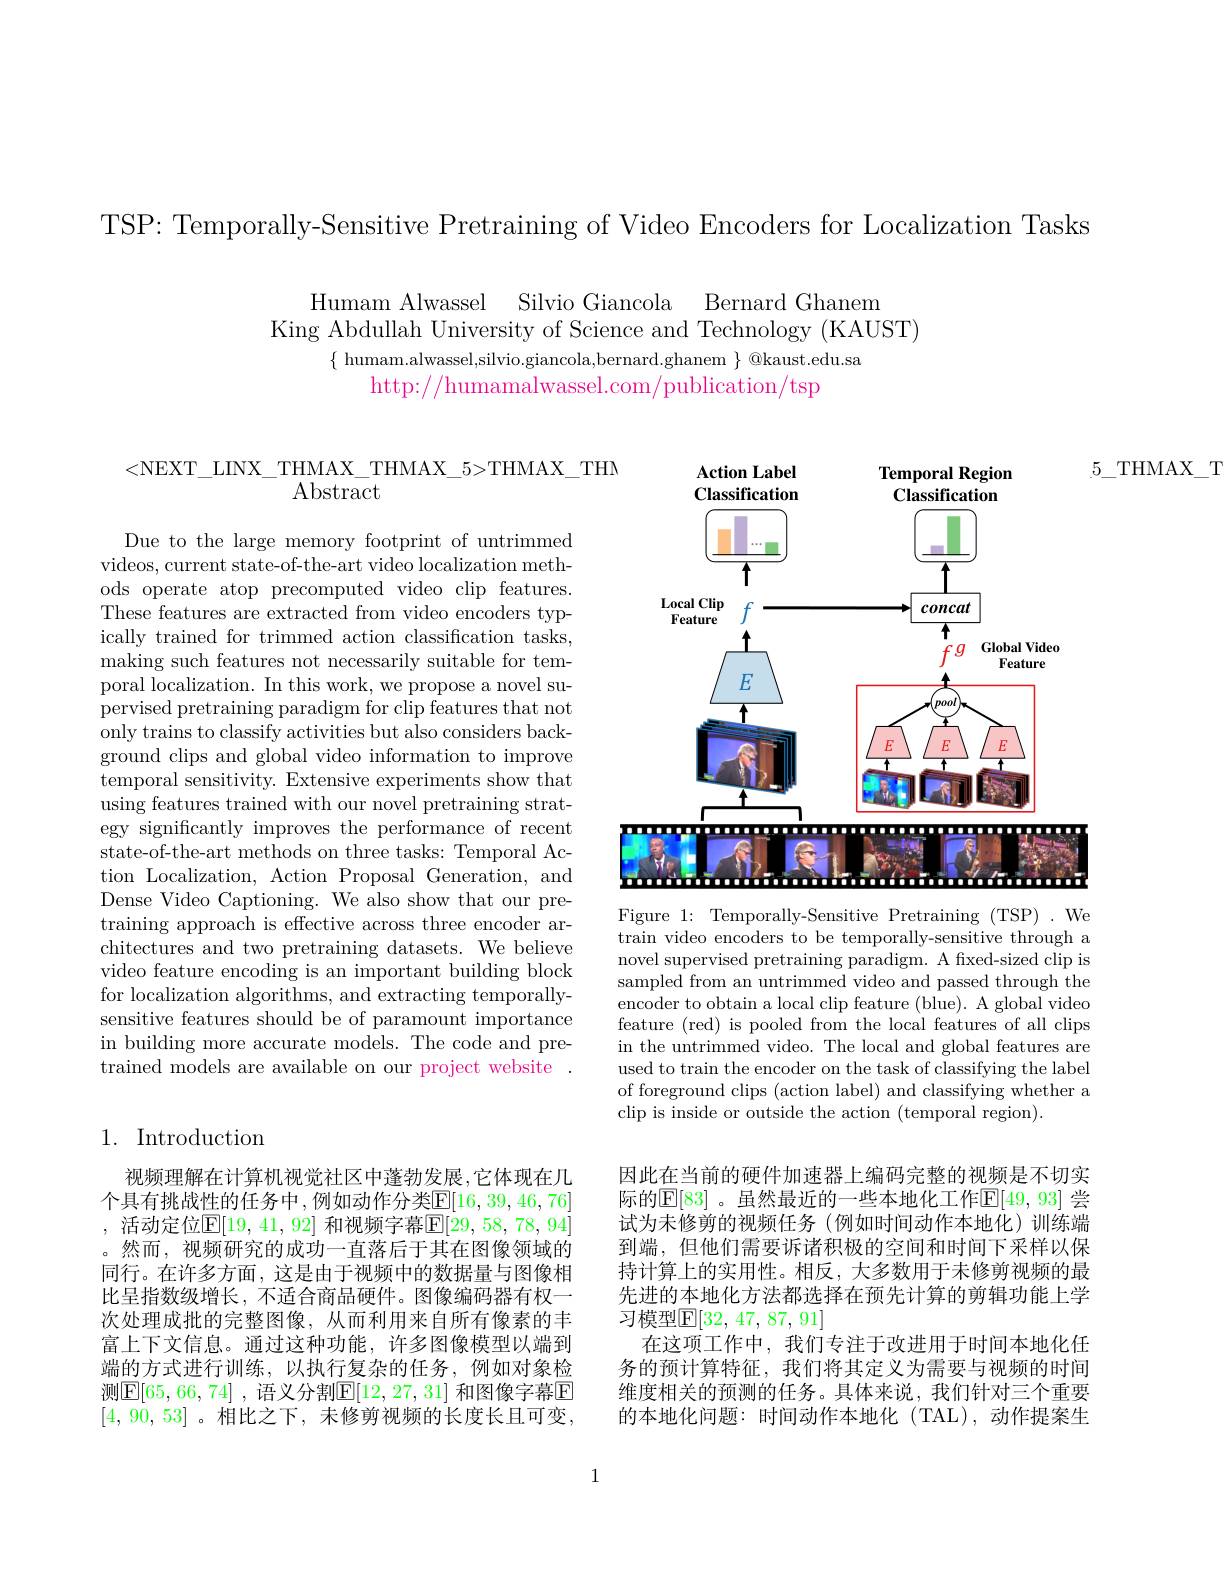
TSP: Temporally-Sensitive Pretraining of Video Encoders for Localization Tasks

Humam Alwassel Silvio Giancola Bernard Ghanem
King Abdullah University of Science and Technology (KAUST)
$\{$ humam.alwassel,silvio.giancola,bernard.ghanem $\}$ @kaust.edu.sa
http://humamalwassel.com/publication/tsp

$5\_$THMAX\_T

<NEXT\_LINX\_THMAX\_THMAX\_5>THMAX\_THM
$\operatorname{Abstract}$

Due to the large memory footprint of untrimmed videos, current state-of-the-art video localization methods operate atop precomputed video clip features. $\tilde{\text{These features are extracted from video encoders typ-}}$ ically trained for trimmed action classification tasks, making such features not necessarily suitable for temporal localization. In this work, we propose a novel supervised pretraining paradigm for clip features that not only trains to classify activities but also considers background clips and global video information to improve temporal sensitivity. Extensive experiments show that using features trained with our novel pretraining strategy significantly improves the performance of recent state-of-the-art methods on three tasks: Temporal Action Localization, Action Proposal Generation, and Dense Video Captioning. We also show that our pretraining approach is effective across three encoder architectures and two pretraining datasets. We believe video feature encoding is an important building block for localization algorithms, and extracting temporallysensitive features should be of paramount importance in building more accurate models. The code and pretrained models are available on our project website .

## 1. Introduction

视频理解在计算机视觉社区中蓬勃发展，它体现在几个具有挑战性的任务中，例如动作分类$\mathbb{E}[16,39,46,76]$ , 活动定位$\mathbb{E}[19,41,92]$ 和视频字幕$\mathbb{E}[29,58,78,94]$ 。然而，视频研究的成功一直落后于其在图像领域的同行。在许多方面，这是由于视频中的数据量与图像相比呈指数级增长，不适合商品硬件。图像编码器有权一次处理成批的完整图像，从而利用来自所有像素的丰富上下文信息。通过这种功能，许多图像模型以端到端的方式进行训练，以执行复杂的任务，例如对象检测$\boxed{\mathrm{E}[65,66,74]}$ ,语义分割$\mathbb{E}[12,27,31]$ 和图像字幕$\boxed{\mathrm{E}}$ [4,90,53]。相比之下，未修剪视频的长度长且可变，

1

<FigureHere>

Figure 1: Temporally-Sensitive Pretraining (TSP)~.We train video encoders to be temporally-sensitive through a novel supervised pretraining paradigm. A fixed-sized clip is sampled from an untrimmed video and passed through the encoder to obtain a local clip feature (blue). A global video feature (red) is pooled from the local features of all clips in the untrimmed video. The local and global features are used to train the encoder on the task of classifying the label of foreground clips (action label) and classifying whether a clip is inside or outside the action (temporal region).

因此在当前的硬件加速器上编码完整的视频是不切实际的$\mathbb{E}[83]$ 。虽然最近的一些本地化工作$\mathbb{E}[49,93]$ 尝试为未修剪的视频任务(例如时间动作本地化)训练端到端，但他们需要诉诸积极的空间和时间下采样以保持计算上的实用性。相反，大多数用于未修剪视频的最先进的本地化方法都选择在预先计算的剪辑功能上学习模型$\mathbb{E}[32,47,87,91]$
在这项工作中，我们专注于改进用于时间本地化任务的预计算特征，我们将其定义为需要与视频的时间维度相关的预测的任务。具体来说，我们针对三个重要的本地化问题：时间动作本地化 (TAL), 动作提案生